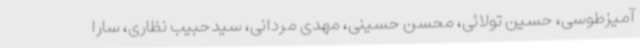
‌آمیزطوسی، حسین تولائی، محسن حسینی، مهدی مردانی، سیدحبیب نظاری، سارا